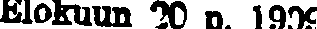
Elokuun 2 p. 1909